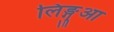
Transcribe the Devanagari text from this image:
लिङ्गुआ